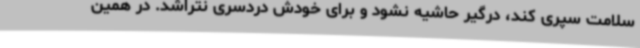
سلامت سپری کند، درگیر حاشیه نشود و برای خودش دردسری نتراشد. در همین